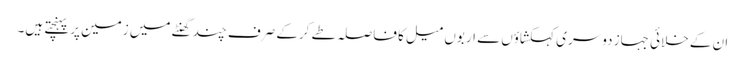
ان کے خلائی جہاز دوسری کہکشاؤں سے اربوں میل کا فاصلہ طے کرکے صرف چند گھنٹے میں زمین پر پہنچتے ہیں۔